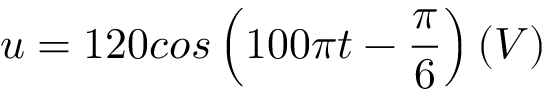
u = 1 2 0 c o s \left( 1 0 0 \pi t - \frac { \pi } { 6 } \right) \left( V \right)